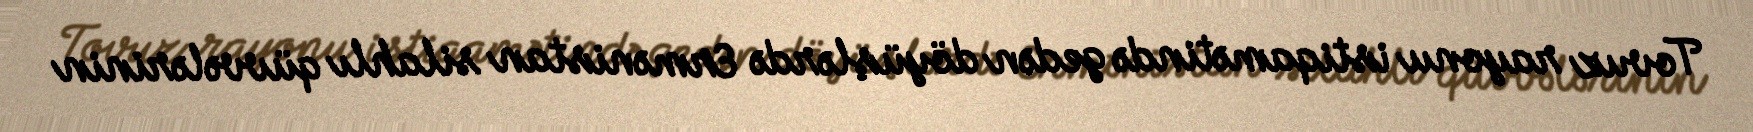
Tovuz rayonu istiqamətində gedən döyüşlərdə Ermənistan silahlı qüvvələrinin